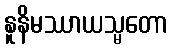
နူနိမဿာယသ္မတော